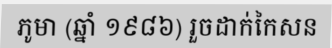
ភូមា (ឆ្នាំ ១៩៨៦) រួចដាក់កៃសន